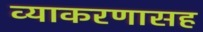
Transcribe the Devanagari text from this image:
व्याकरणासह